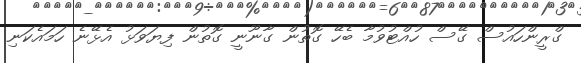
ގްރީންހައުސް ގޭސް ހުއްޓުވުމާ ބެހޭ ގޮތުން ގާނޫނީ ގޮތުން ފިޔަވަޅު އެޅޭނެ ހަމައެކަނި